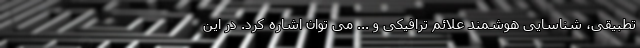
تطبیقی، شناسایی هوشمند علائم ترافیکی و ... می توان اشاره کرد. در این